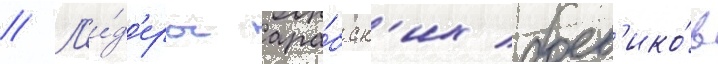
// Л'и́д'еры ара́бск'их боев'ико́в